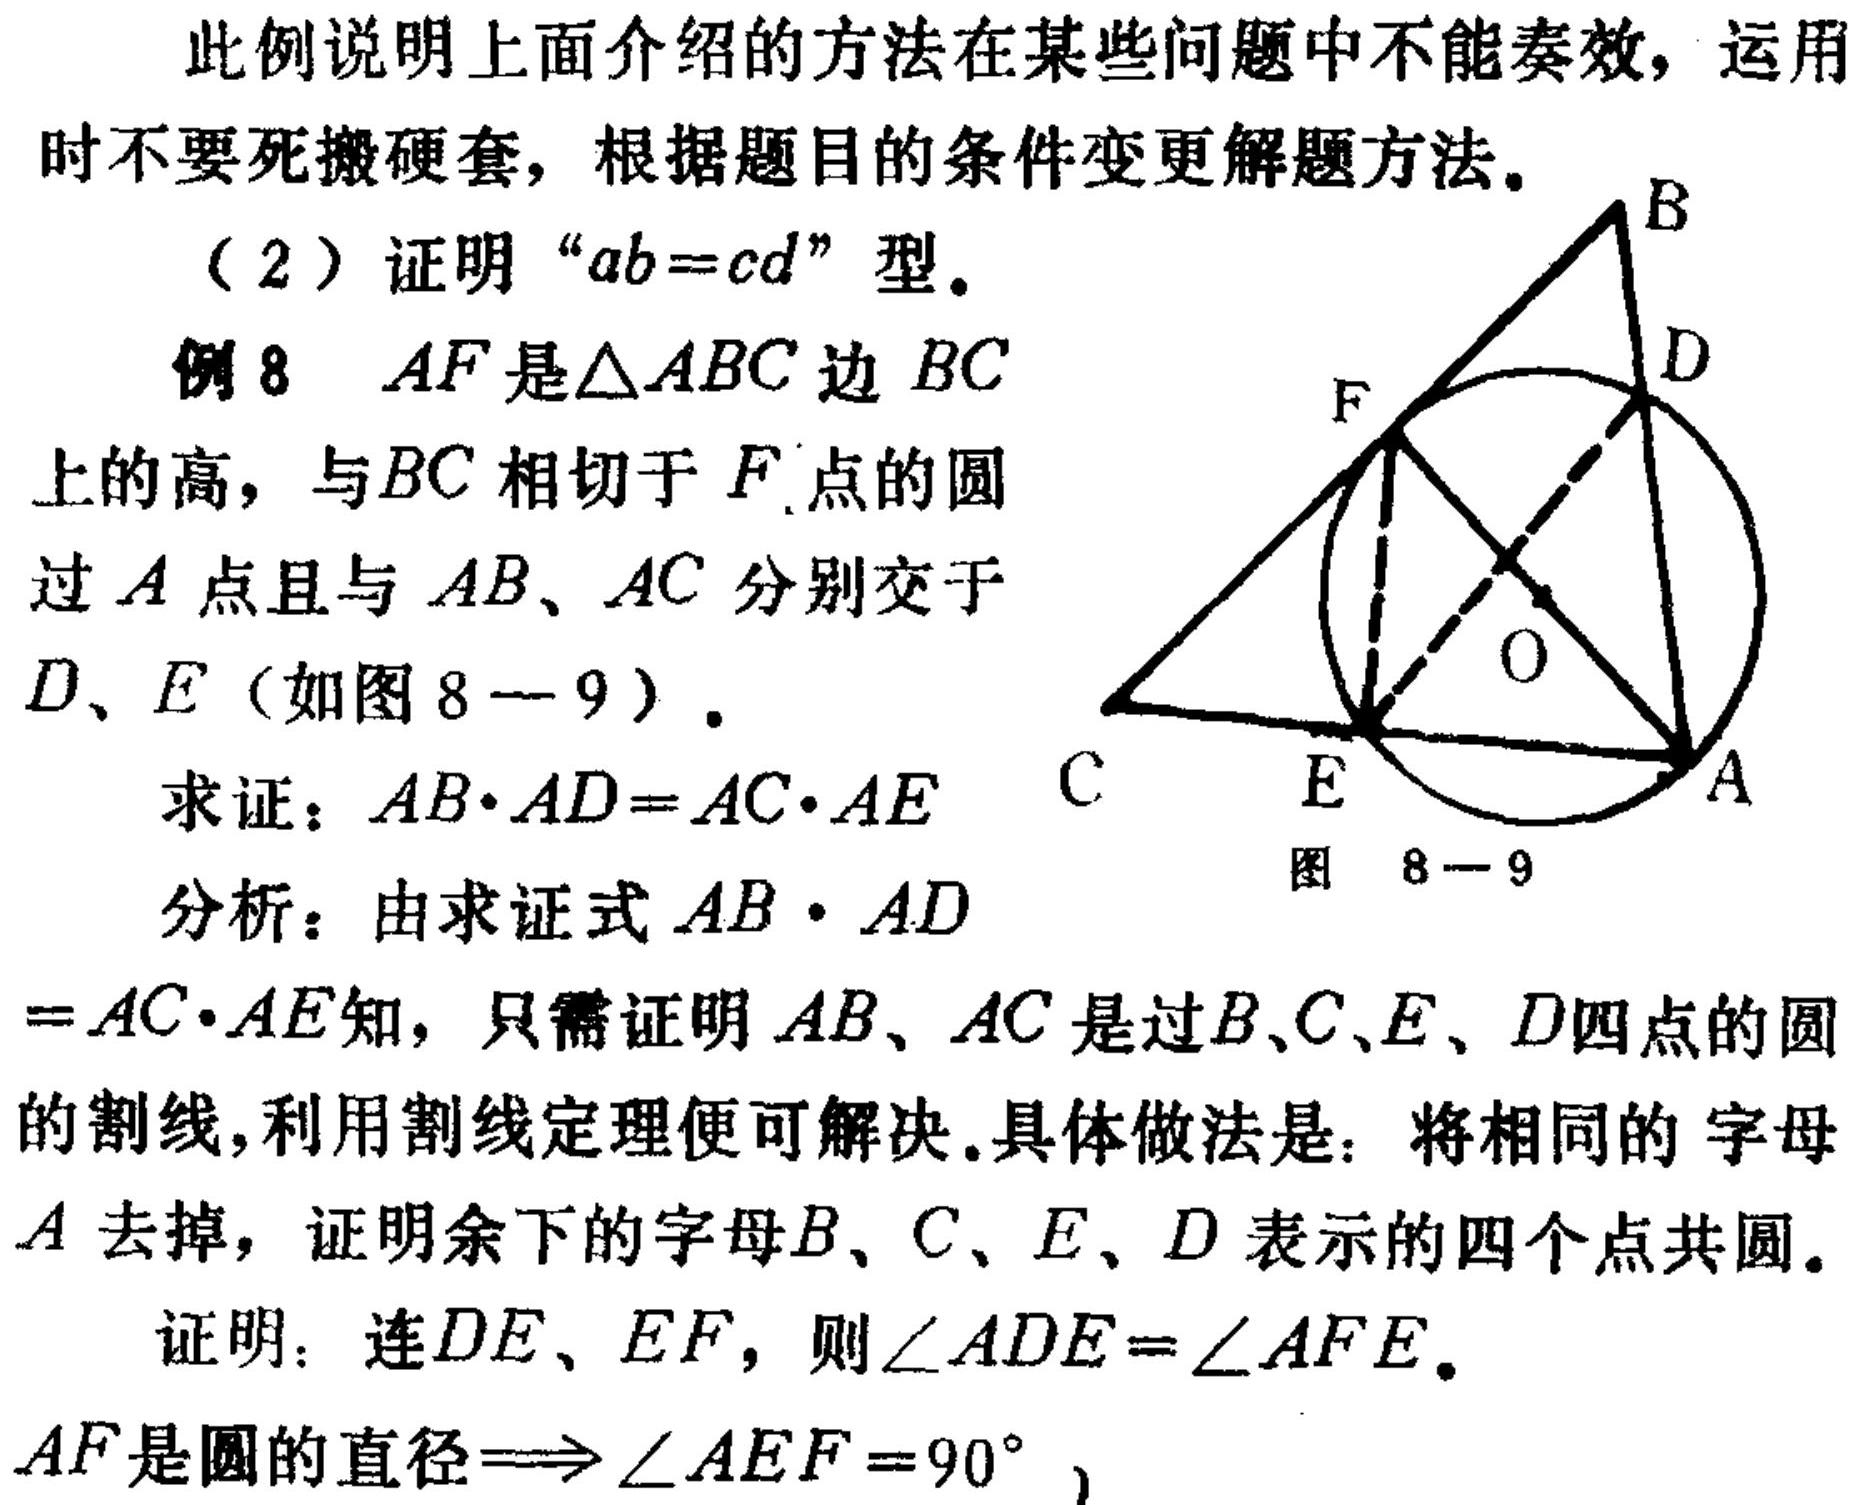
此例说明上面介绍的方法在某些问题中不能奏效，运用时不要死搬硬套，根据题目的条件变更解题方法。
（2）证明“\(ab = cd\)”型。
例8 \(AF\)是\(\triangle ABC\)边\(BC\)上的高，与\(BC\)相切于\(F\)点的圆过\(A\)点且与\(AB\)、\(AC\)分别交于\(D、E\)（如图8 - 9）。
求证：\(AB\cdot AD=AC\cdot AE\)
分析：由求证式\(AB\cdot AD = AC\cdot AE\)知，只需证明\(AB、AC\)是过\(B、C、E、D\)四点的圆的割线，利用割线定理便可解决。具体做法是：将相同的字母\(A\)去掉，证明余下的字母\(B、C、E、D\)表示的四个点共圆。
证明：连\(DE、EF\)，则\(\angle ADE=\angle AFE\)。
\(AF是圆的直径\Longrightarrow\angle AEF = 90^{\circ}\)